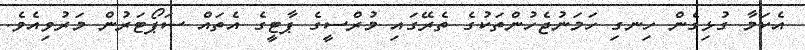
އެކަމާ ގުޅިގެން ހިނގި ހަމަނުޖެހުންތަކުގެ ތެރޭގައި މުރްސީގެ ޕާޓީގެ އެތައް ސަޕޯޓަރުން މަރުވިއެވެ.